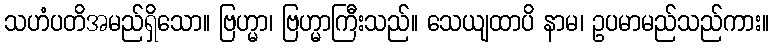
သဟံပတိအမည်ရှိသော။ ဗြဟ္မာ၊ ဗြဟ္မာကြီးသည်။ သေယျထာပိ နာမ၊ ဥပမာမည်သည်ကား။